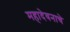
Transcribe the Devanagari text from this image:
महादेवनाचे